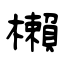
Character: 櫴